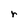
Character: r